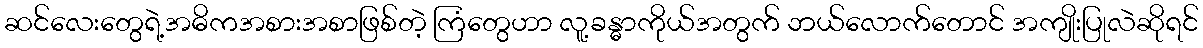
ဆင်လေးတွေရဲ့အဓိကအစားအစာဖြစ်တဲ့ ကြံတွေဟာ လူ့ခန္ဓာကိုယ်အတွက် ဘယ်လောက်တောင် အကျိုးပြုလဲဆိုရင်